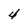
Character: 4